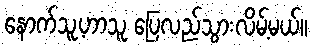
နောက်သူ့ဟာသူ ပြေလည်သွားလိမ့်မယ်။